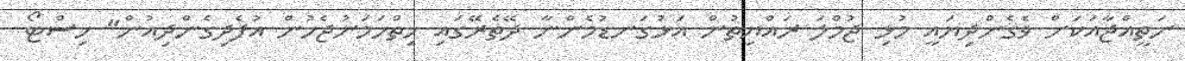
ނަތީއްޖާއަކަށް ވެގެންދިޔައީ މުޅި ޖުމްލަ ރައްޔިތުން އަޅުގަނޑުމެންނާ ދޭތެރޭގައި ހިތްހަމަނުޖެހުން އުފެދިގެންދިއުން" ހިސްޓޯ